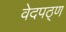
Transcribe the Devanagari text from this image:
वेदपठ्ण